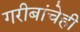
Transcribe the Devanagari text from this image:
गरीबांचेही